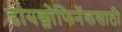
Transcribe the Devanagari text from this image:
डायक्लोफिनॅकसाठी